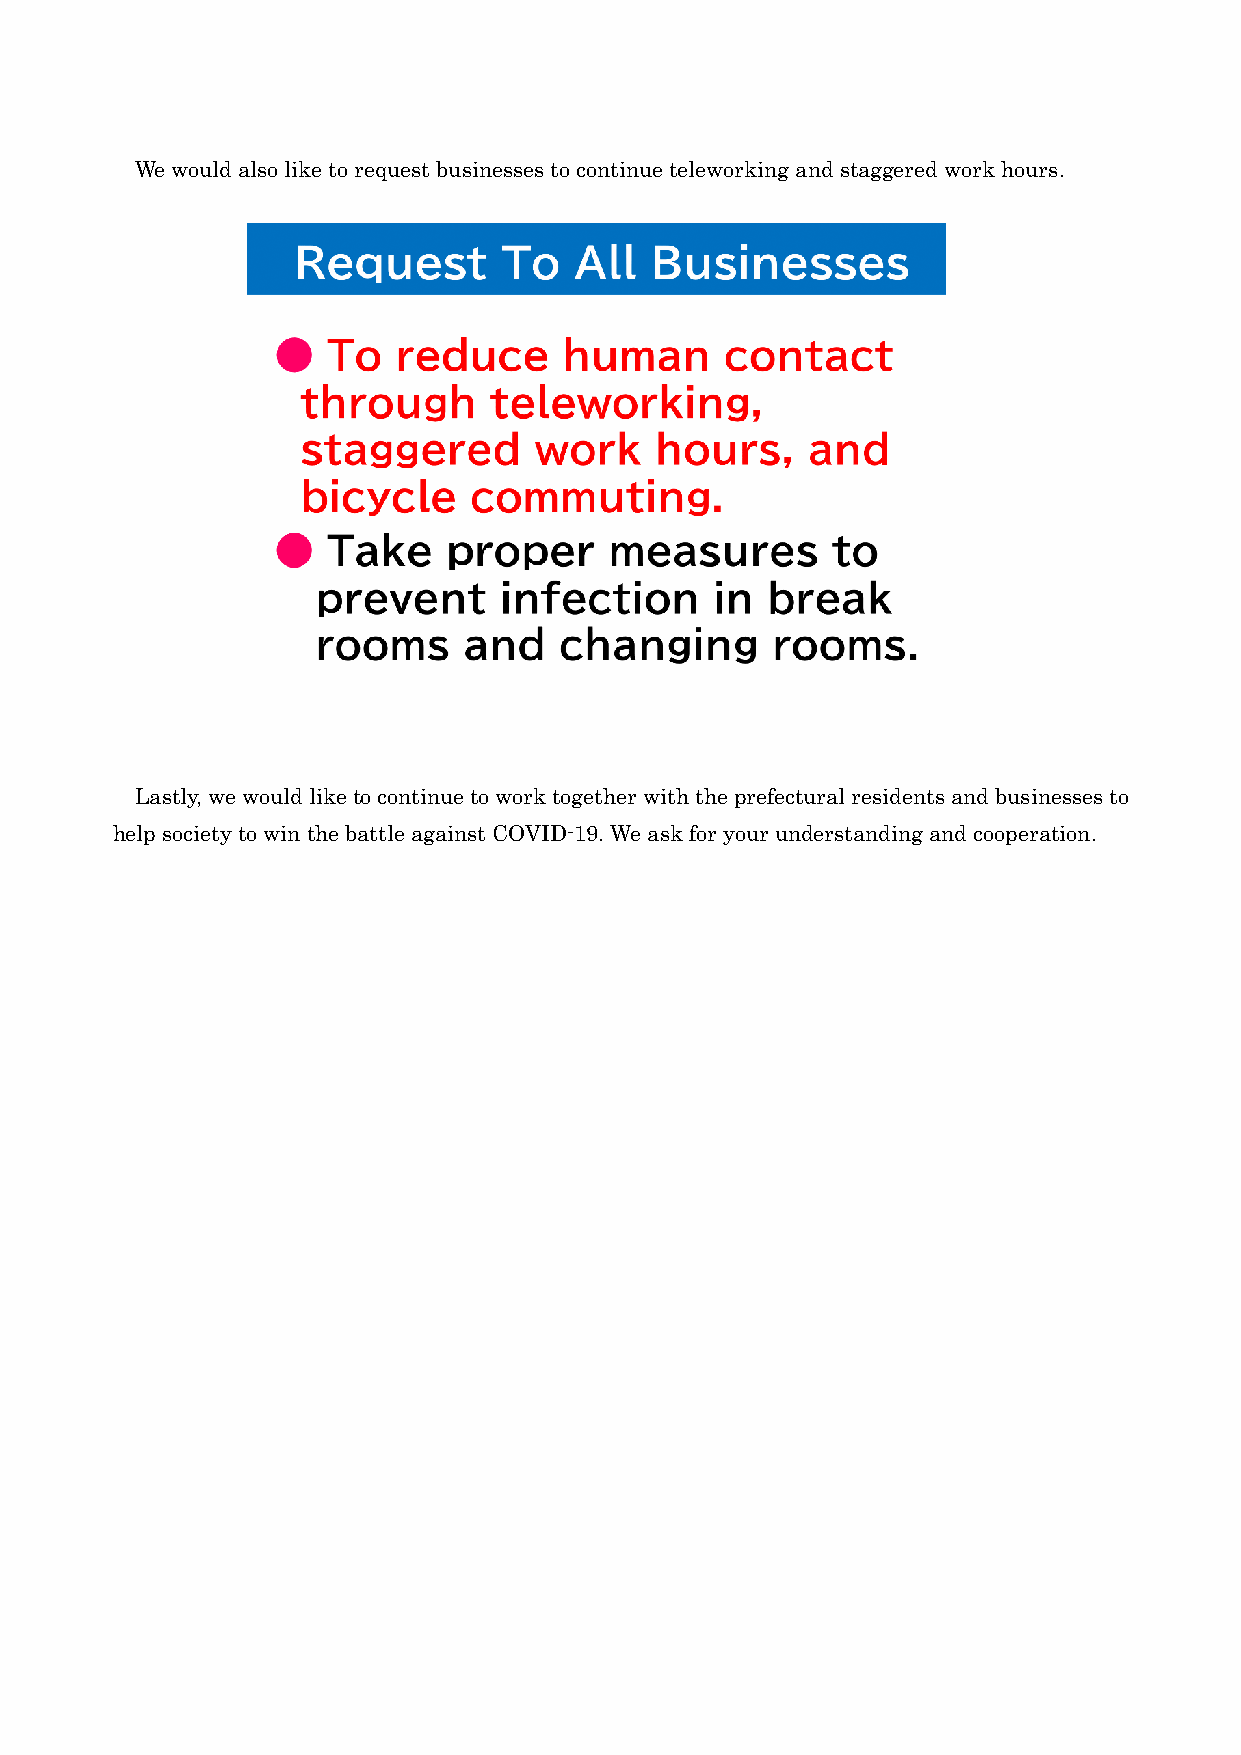
We would also like to request businesses to continue teleworking and staggered work hours.
 Lastly, we would like to continue to work together with the prefectural residents and businesses to
 help society to win the battle against COVID-19. We ask for your understanding and cooperation.